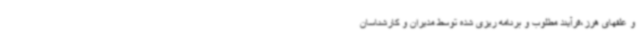
و علفهای هرز،فرآیند مطلوب و برنامه ریزی شده توسط مدیران و کارشناسان